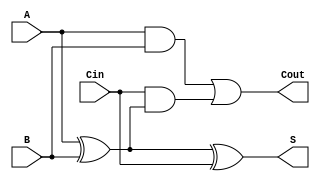
module RippleCarryFullAdder (
    input wire A,     // First binary input
    input wire B,     // Second binary input
    input wire Cin,   // Carry-in input
    output wire S,    // Sum output
    output wire Cout   // Carry-out output
);

// Internal signals for XOR and AND operations
wire AxorB;        // Intermediate signal for A XOR B
wire AandB;        // Intermediate signal for A AND B
wire CinAndAxorB;  // Intermediate signal for Cin AND (A XOR B)

// Calculate Sum (S)
assign AxorB = A ^ B;          // First XOR gate: A XOR B
assign S = AxorB ^ Cin;        // Second XOR gate: (A XOR B) XOR Cin

// Calculate Carry-out (Cout)
assign AandB = A & B;          // First AND gate: A AND B
assign CinAndAxorB = Cin & AxorB; // Second AND gate: Cin AND (A XOR B)
assign Cout = AandB | CinAndAxorB; // OR gate: (A AND B) OR (Cin AND (A XOR B))

endmodule